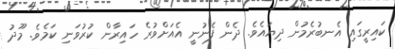
ކައިރީގައި އެނބުރެމުން ދިޔައެވެ. ދެން ފެނުނީ އެއަށްވުރެ ހައިރާން ކުރުވަނި ކަމެވެ. މޫދު